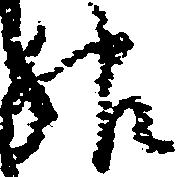
服